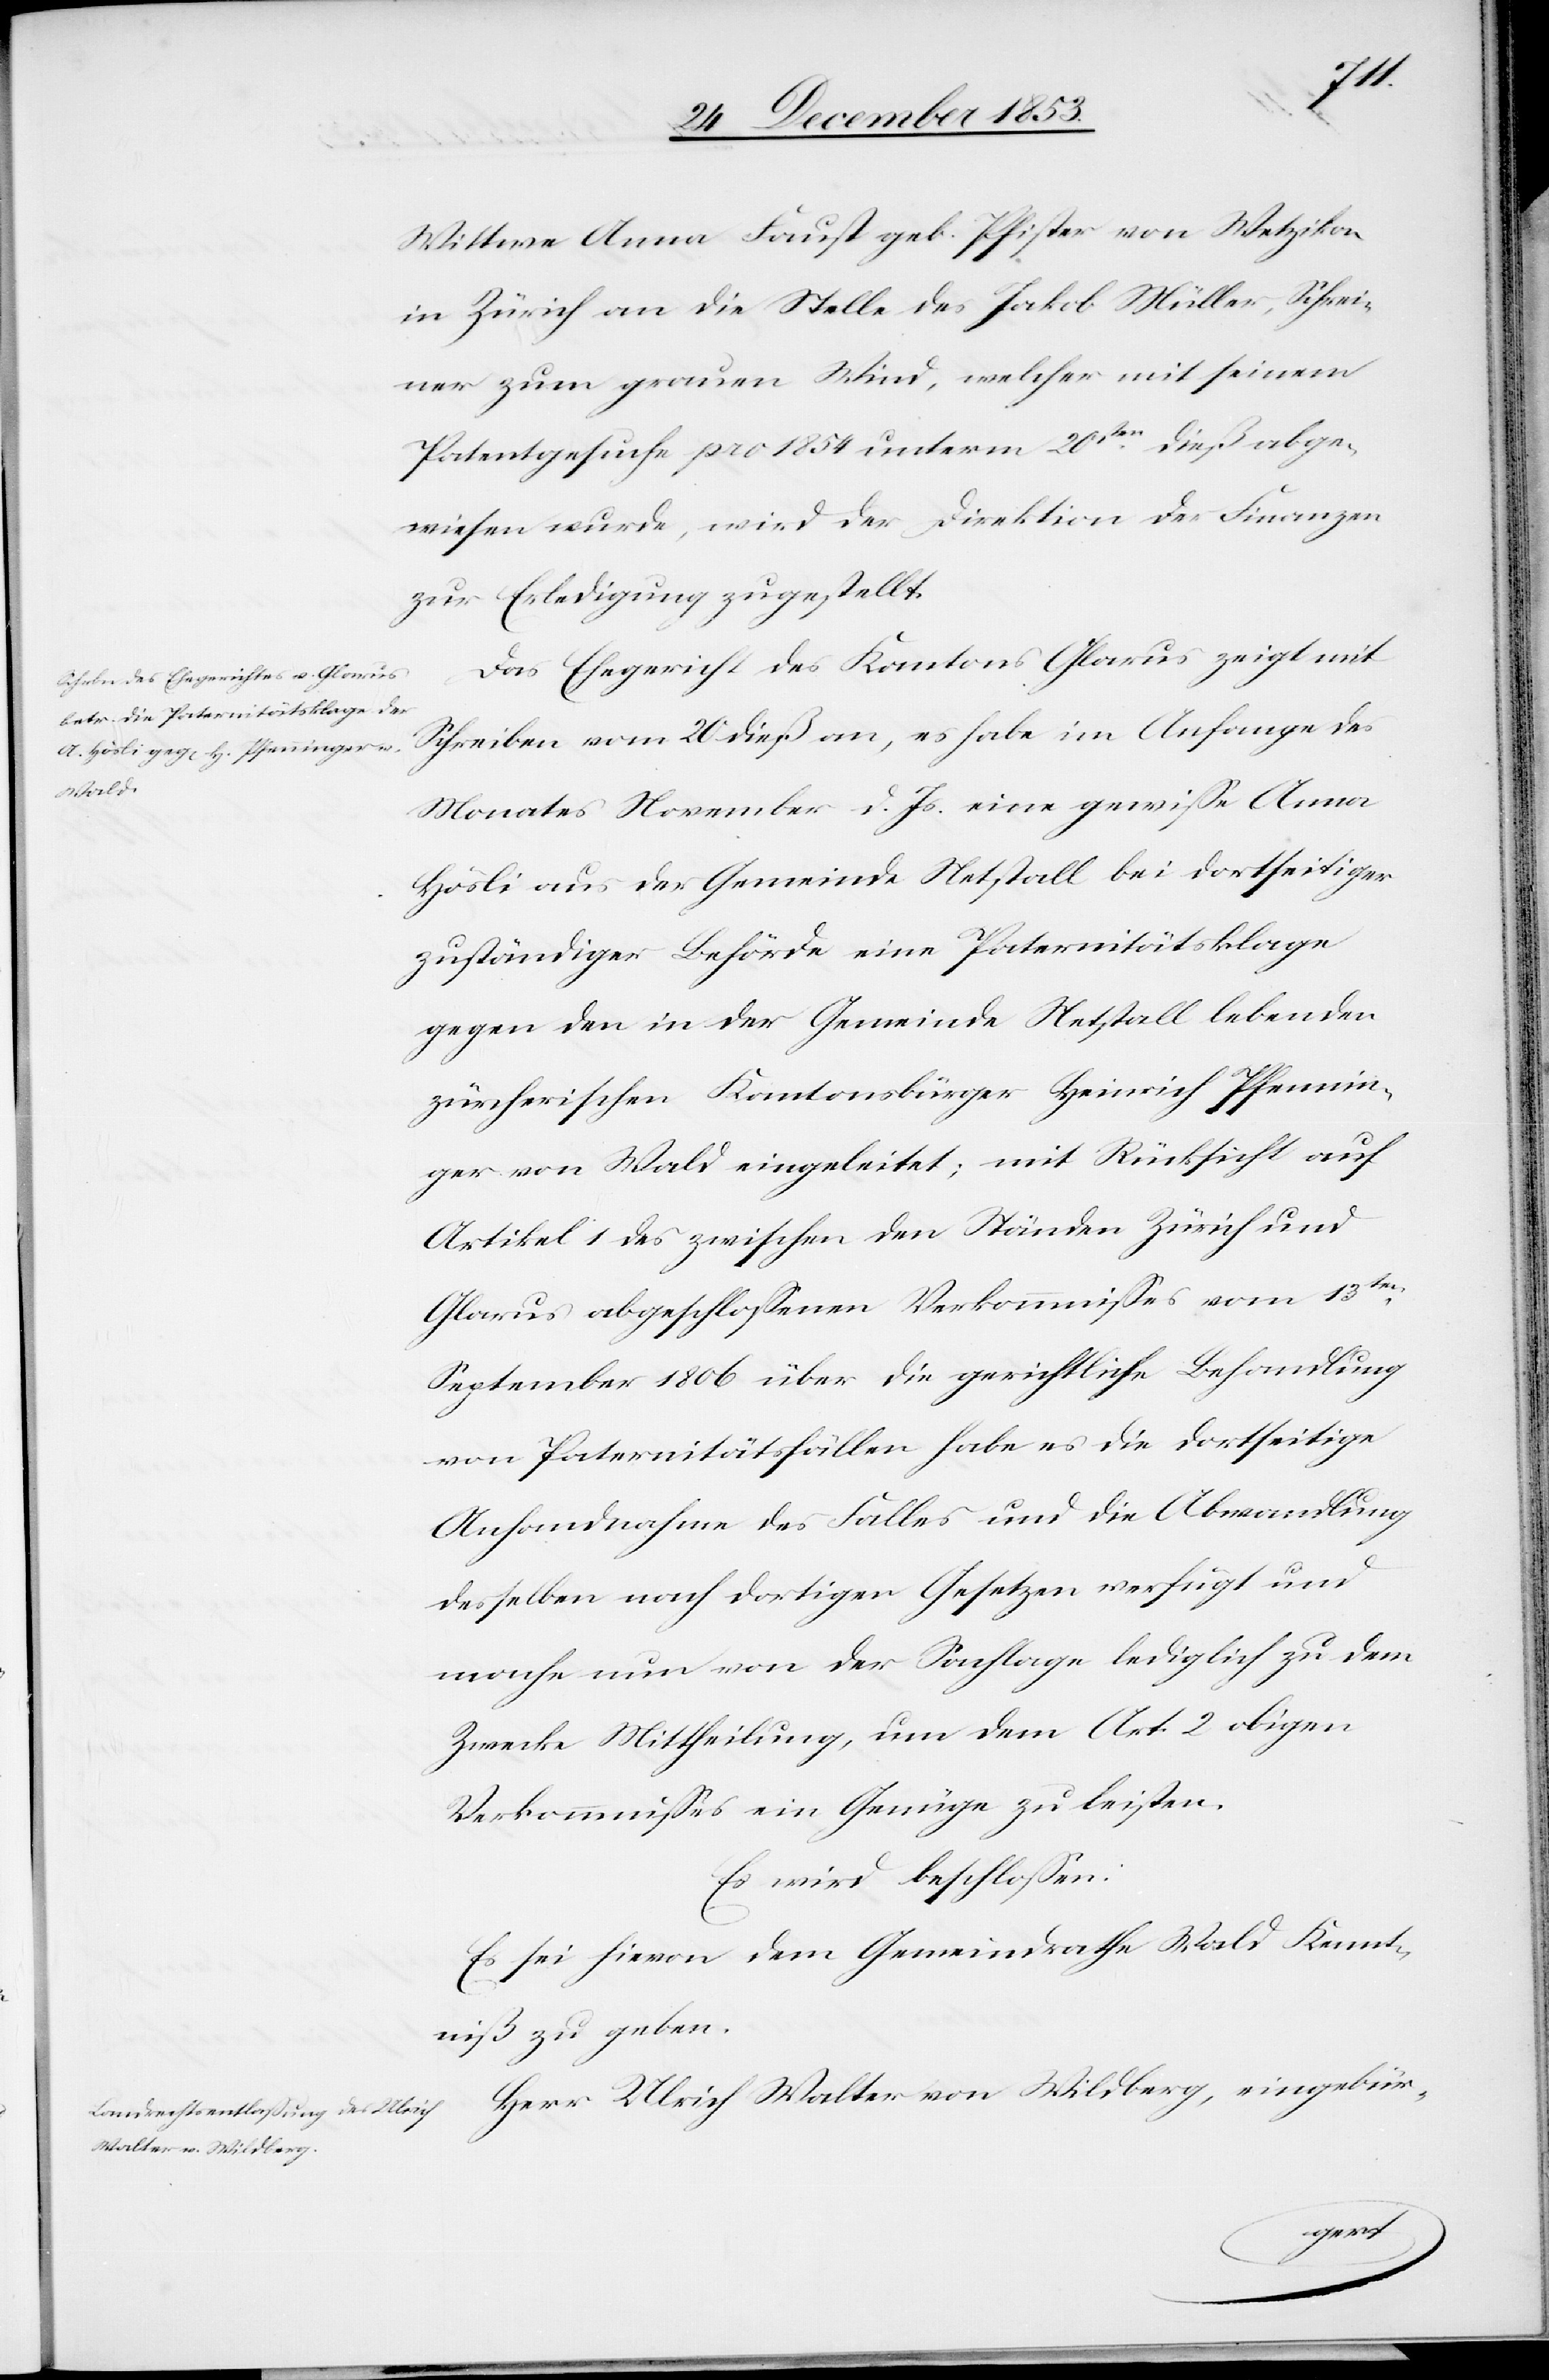
Wittwe Anna Faust geb. Pfister von Wetzikon
in Zürich an die Stelle des Jakob Müller, Schrei¬
ner zum genauen Wind, welcher mit seinem
Patentgesuche pro 1854 unterm 20sten dieß abge¬
wiesen wurde, wird der Direktion der Finanzen
zur Erledigung zugestellt.
Das Ehegericht des Kantons Glarus zeigt mit
Schreiben vom 20 dieß an, es habe im Anfange des
Monates November d. Js. eine gewiße Anna
Hösli aus der Gemeinde Netstall bei dortseitiger
zuständiger Behörde eine Paternitätsklage
gegen den in der Gemeinde Netstall lebenden
zürcherischen Kantonsbürger Heinrich Pfennin¬
ger von Wald eingeleitet; mit Rücksicht auf
Artikel 1 des zwischen den Ständen Zürich und
Glarus abgeschloßenen Verkommnißes vom 13ten
September 1806 über die gerichtliche Behandlung
von Paternitätsfällen habe es die dortseitige
Anhandnahme des Falles und die Abwandlung
desselben nach dortigen Gesetzen verfügt und
mache nun von der Sachlage lediglich zu dem
Zwecke Mittheilung, um dem Art. 2 obigen
Verkommnißes ein Genüge zu leisten.
Es wird beschloßen:
Es sei hievon dem Gemeindrathe Wald Kennt¬
niß zu geben.
Herr Ulrich Walter von Wildberg, eingebür-